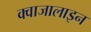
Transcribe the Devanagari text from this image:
क्वाजालाइन